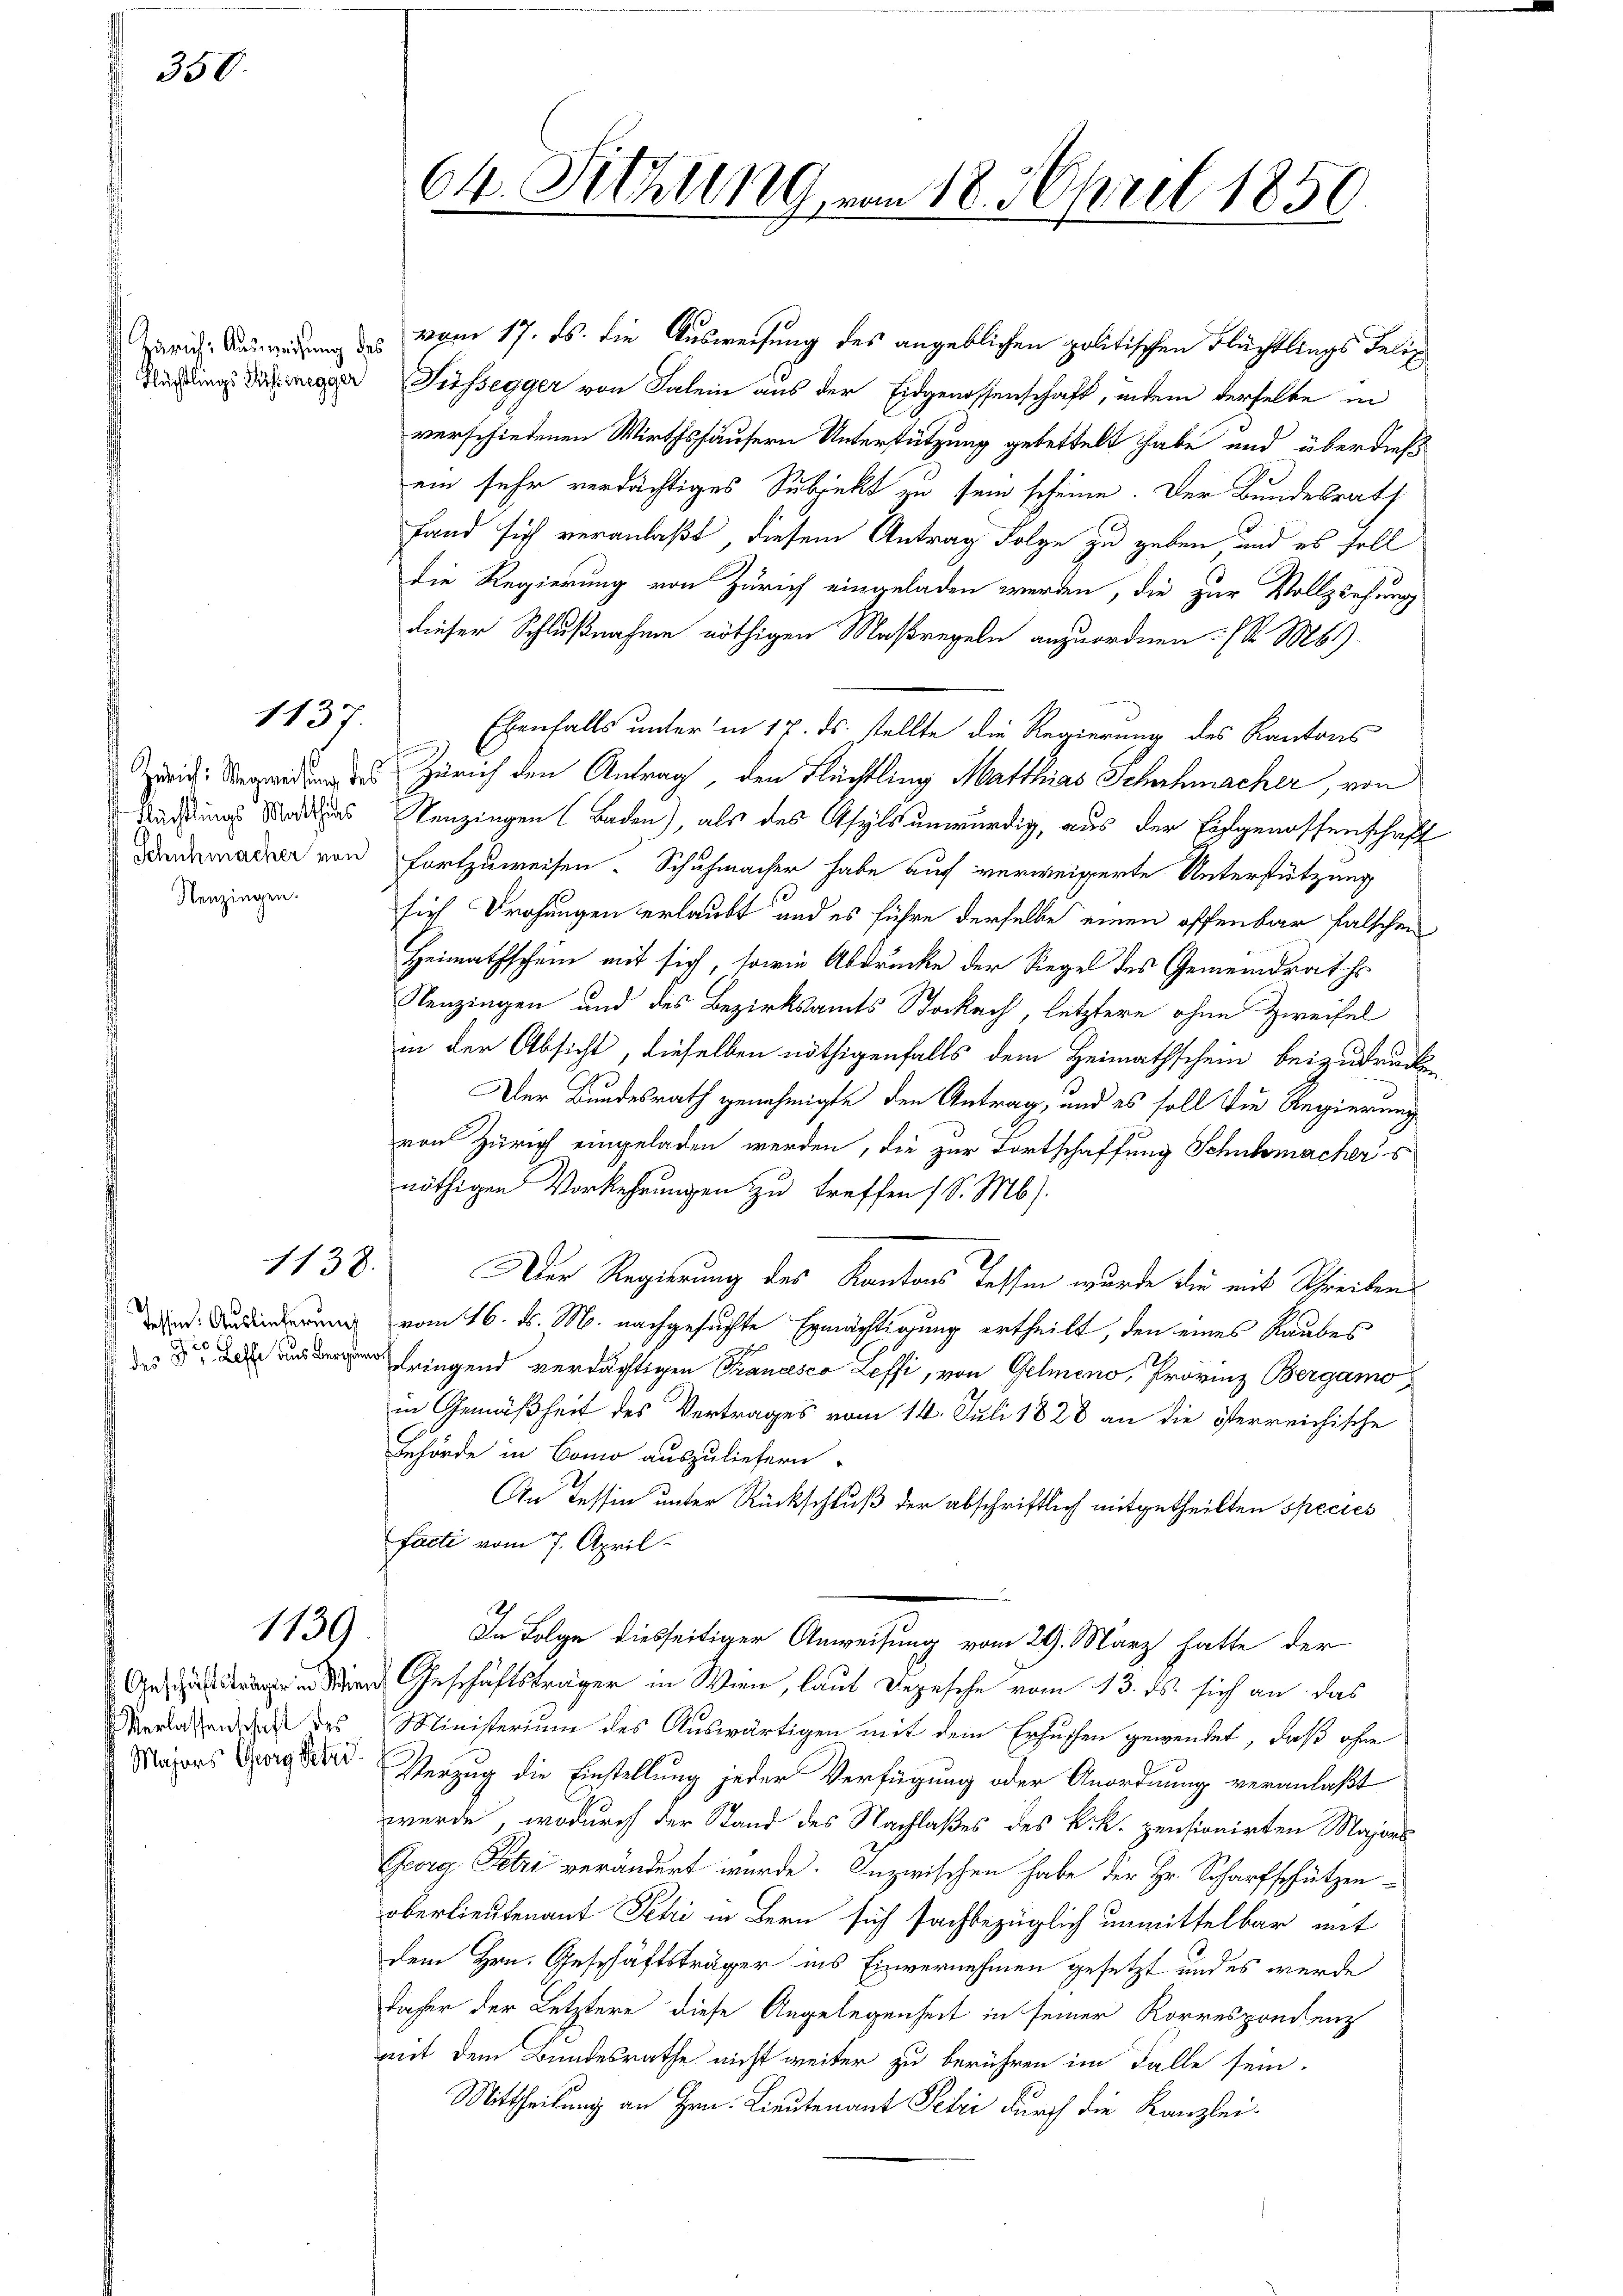
350.

Flüchtlings Russinegger

Flüchtlings Matthias
 Schuhmacher von
Nenzingen.

1137.

1138.

Tessin. Auslieferung

1139

Verlassenschaft des
Majors Georg Peter

zriche Bewegung des vom 17. ds. die Ausweisung des angeblichen politischen Flüchtlings Felix
Füssegger von Falein aus der Eidgenossenschaft, indem derselbe in
verschiedenen Wirthshäusern Unterstützung gebettelt habe und überdieß
ein sehr verdächtiges Subjekt zu sein scheine. Der Bundesrath
fand sich veranlaßt, diesem Antrag Folge zu geben und es soll
die Regierung von Zürich eingeladen werden, die zur Vollziehung
dieser Schlußnahme nöthigen Maßregeln anzuordnen. (S. M.
Ebenfalls unter in 17. ds. stellte die Regierung des Kantons
.
i Seiden Zürich den Antrag, den Flüchtling Matthias Schuhmacher, von
Nenzingen (Baden), als des Asyls unwürdig, aus der Hofgenossenschaft
fortzuweisen. Schuhmacher habe auf verweigerte Unterstützung
sich Drohungen erlaubt und es führe derselbe einen offenbar falschen
Heimathschein mit sich, sowie Abdrücke der Siegel des Gemeindraths
Nenzingen und des Bezirksamts Stockach, letztere ohne Zweifel
in der Absicht, dieselben nöthigenfalls dem Heimathschein beizudrück
Der Bundesrath genehmigte den Antrag, und es soll die Regierung
von Zürich eingeladen werden, die zur Fortschaffung Schuhmachers
nöthigen Vorkehrungen zu treffen (S. Mb).
Der Regierung des Kantons Tessin wurde die mit Schreibens
vom 16. ds. M. nachgesuchte Ermächtigung ertheilt, den eines Raubes
 ringend verdächtigen Trancesco Zeffi, von Gelmeno, Provinz Bergamo
in Gemäßheit des Vertrages vom 14. Juli 1828 an die österreichische
Behörde in Como auszuliefern.
An Tessin unter Rückschluß der abschriftlich mitgetheilten Species
facti vom 7. April.
In Folge diesseitiger Anweisung vom 29. März hatte der
 Wien Geschäftsträger in Wien, laut Depesche vom 13. ds. sich an das
Ministerium des Auswärtigen mit dem Ersuchen gewendet, daß ohne
Verzug die Einstellung jeder Verfügung oder Anordnung veranlaßt
wurde, wodurch der Stand des Nachlaßes des k.k. pensionirten Majors
Georg Fetri verändert wurde. Inzwischen habe der Hr. Scharfschützenoberlieutenant Petri in Bern sich sachbezüglich unmittelbar mit
dem Hrn. Geschäftsträger ins Einvernehmen gesetzt und es wurde
daher der Letztere diese Angelegenheit in seiner Korrespondenz
mit dem Bundesrathe nicht weiter zu berühren im Falle sein.
Mittheilung an Hrn. Lieutenant Petri durch die Kanzlei-

64. Sitzung vom 18. April 1850